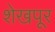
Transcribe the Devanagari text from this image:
शेखपूर